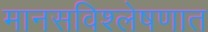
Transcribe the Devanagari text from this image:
मानसविश्लेषणात